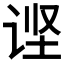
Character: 𲂌